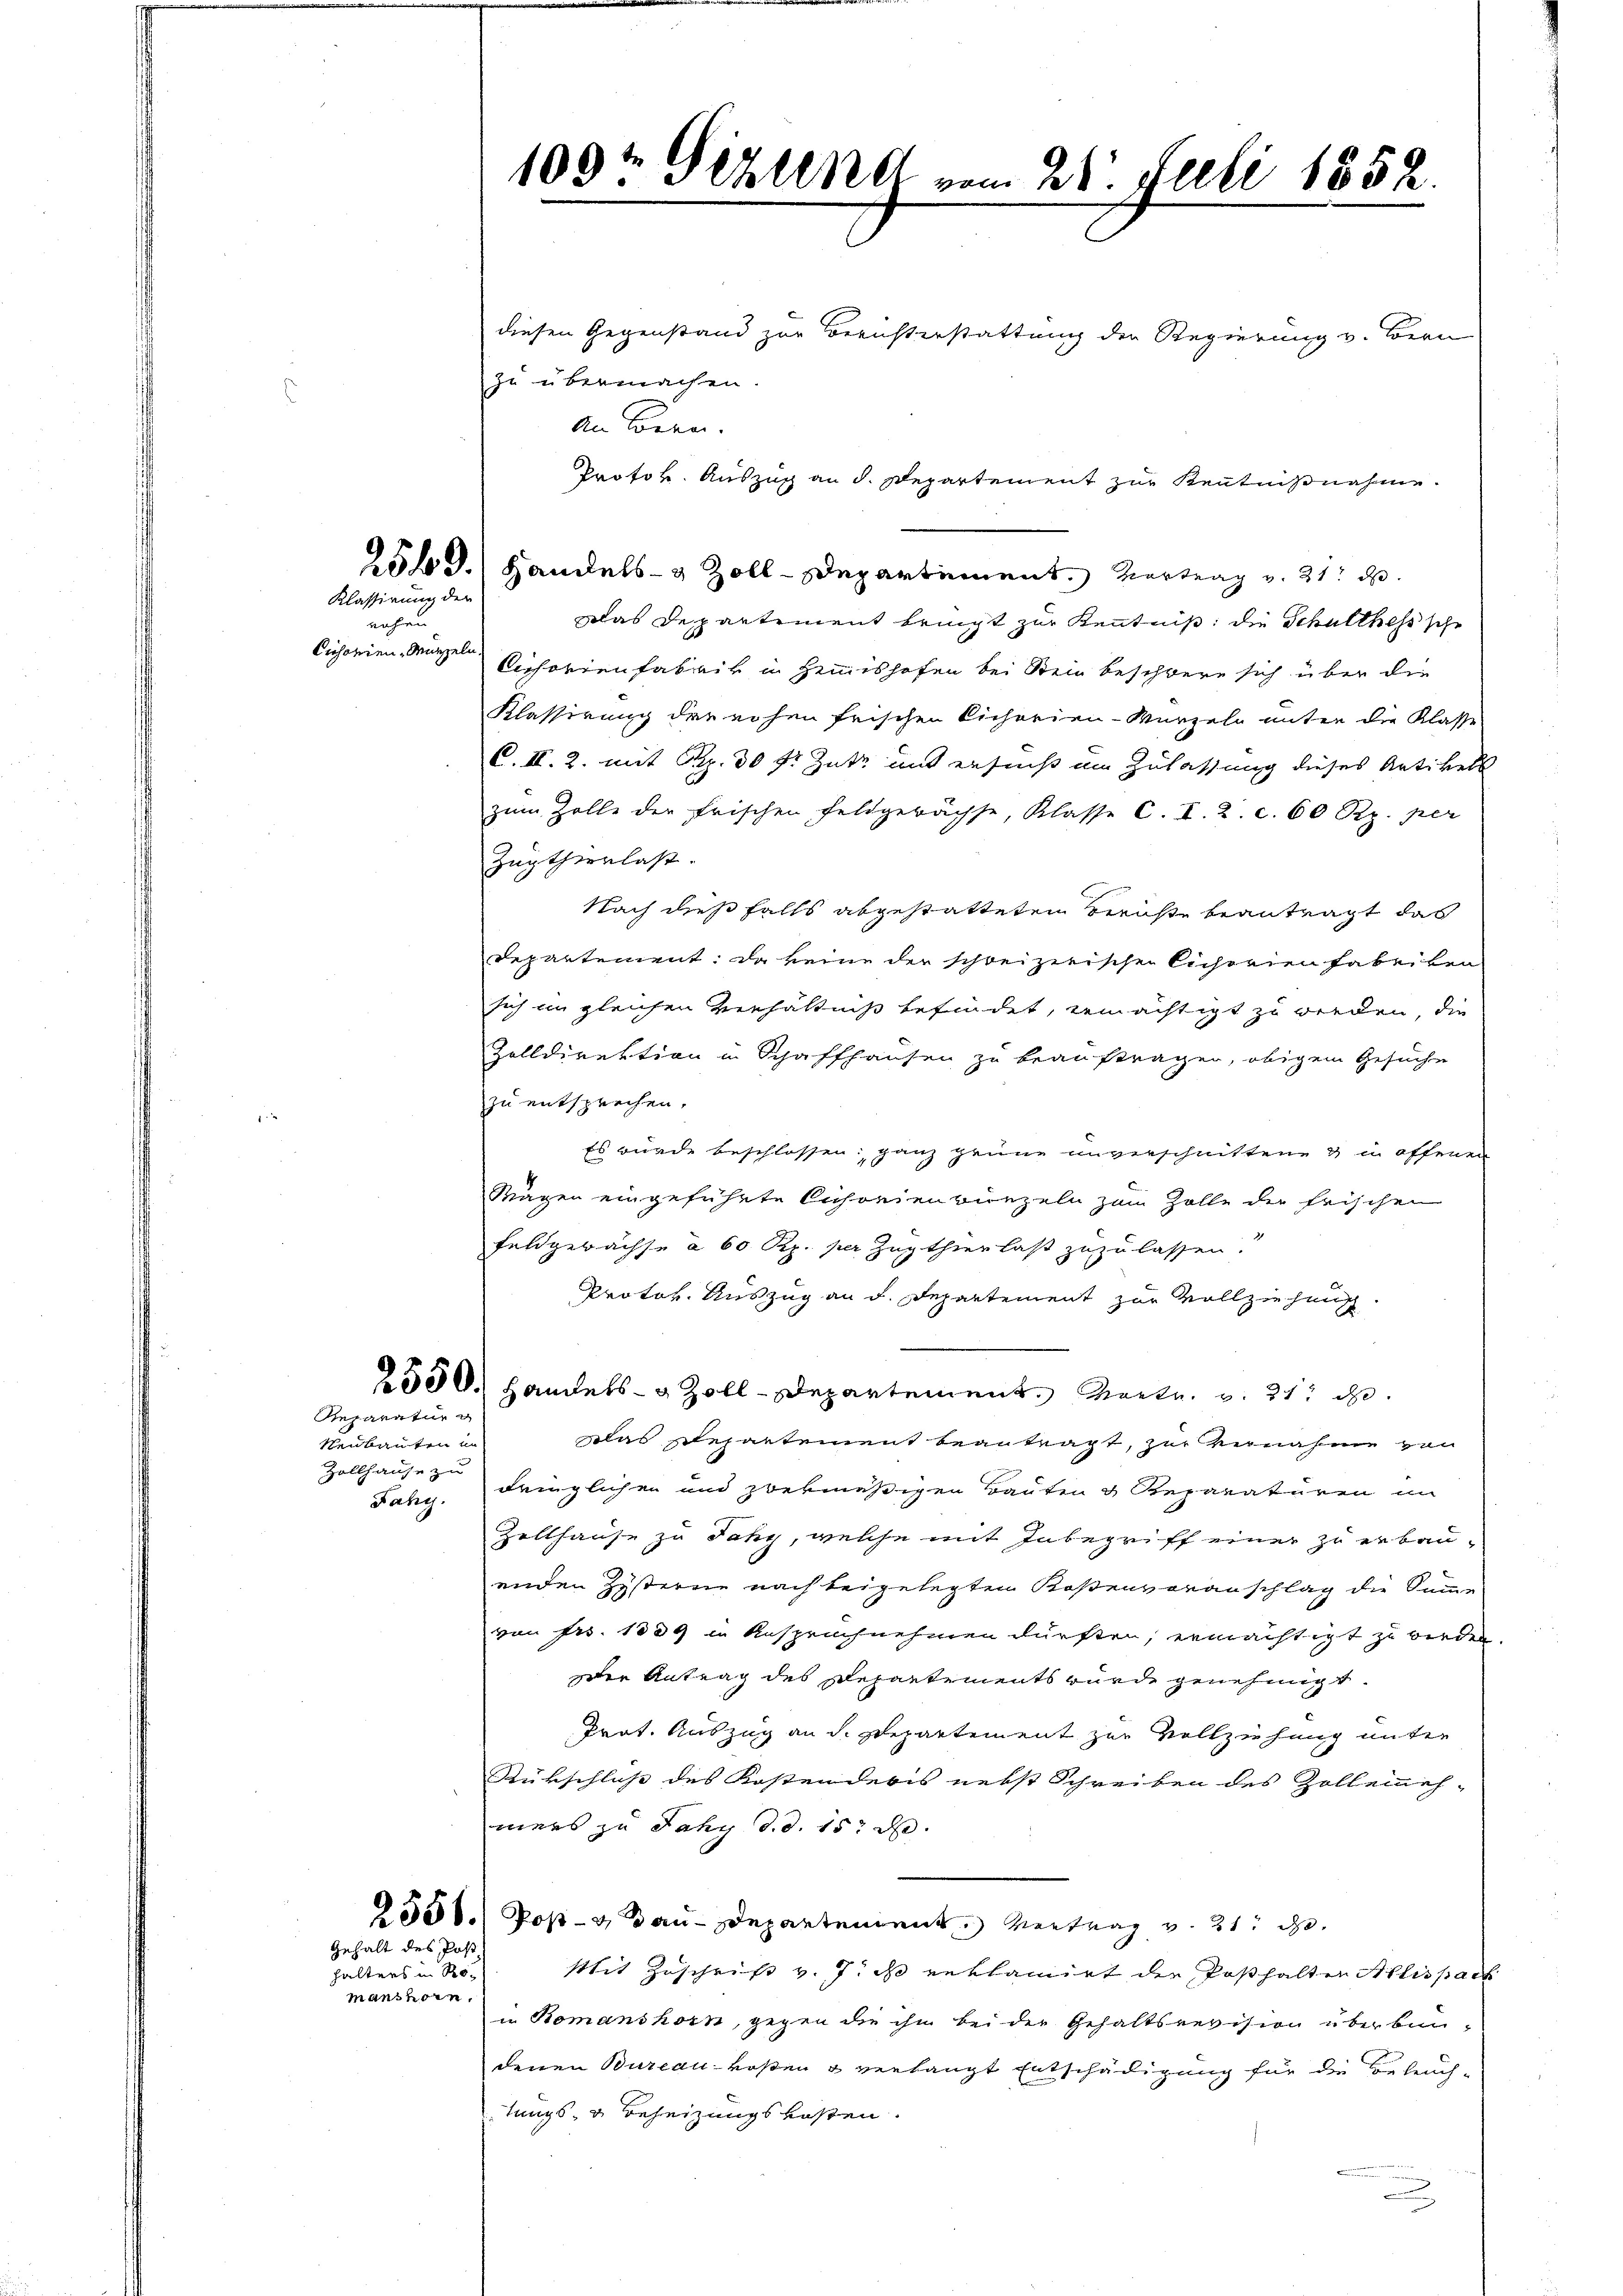
Klassirung der

nahen
Cichorien-Münzeln

Reparatur g
Neubauten un
Zollhause zu
Fahy.

Gehalt des Post

halters in Romanshorn.

diesen Gegenstand zur Berichterstattung der Regierung v. Bern
zu übermachen.
Das Departement bringt zur Kenntniß die Schulthess sche
Cichorienfabrik in Hemishofen bei Stein beschwere sich über die
Klassirung die rohen frischen Cichorien-Wurzeln unter die Klasse
C.II. 2. mit S. 30 f: Gute mit ersucht im Zulassung dieses Artikels
zum Zolle der Frischen Feldgerächse, Klasse C. I. 2. c. 60 Rp. per
Zugtherrlast.
Nach dießfalls abgestatteten Berichte beantragt das
Departement: Da keine der schreizerischen licherien fabriken
sich im gleichen Verhältnis befindet, ermächtigt zu werden, die
Zolldirektion in Schaffhausen zu beauftragen, obigem Gesuche
zu entsprechen.
Es wurde beschlossen, ganz grüne unverschnittene & in offenen
Mägen eingeführte Cahorienbünzeln zum Zolle der frischen
Feldgewachse à 60 Rp. per Zugthierlaß zuzulassen.
Protok. Auszug an d. Departement zur Vollziehung.
2530. Handels- & Zoll-Departement Martr. v. 21. d.
das Departement beantragt, zur vernahme von
dringlichen und zwekmäßigen Bauten & Reparaturen im
Zellhause zu Jaky, welche mit Inbegriff einer zu erbau-
enden Zysterne nach beigelegten Kostenvoranschlag die Summe
von Fr. 1839 in Anspruchnehmen dürften, ermächtigt zu bieden.
der Antrag des Departements wurde genehmigt.
Trat. Auszug an d. Separtement zur Vollziehung unter
Rükschluß des Kostenderis nebst Schreiben des Zollenehmers zu Jahy d. d. 15t d.
2558. Post- & Bau-Departement Vertrag v. 21. d.
Mit Zuschrift v. 7. ds reklamirt der Posthalten Allis part
u Romanshorn, gegen die ihm bei der Gehaltsrevision überbundenen Bureau-Hosen & verlangt Entschädigung für die Beleuchtungs- & Beheizungskosten.

109t Gizung vom 24. Juli 1852.

An Bern.
Protok. Auszug an d. Departement zur Kenntnißnahme.
2518.) Handels- & Zoll-Departement. Vertrag v. 21. d.